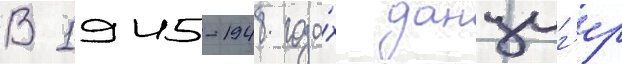
В 1945-1948 года́х данциг'ер